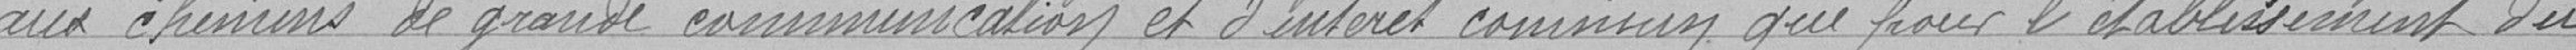
aux chemins de grande communication et d'intérêt commun que pour l'établissement du